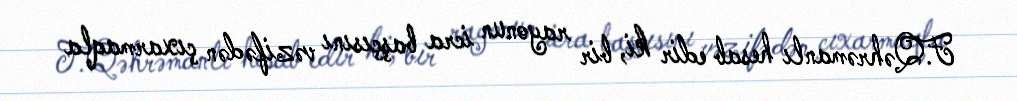
F.Qəhrəmanlı hesab edir ki, bir rayonun icra başçısını vəzifədən çıxarmaqla